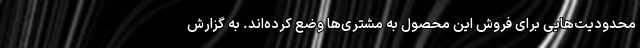
محدودیت‌هایی برای فروش این محصول به مشتری‌ها وضع کرده‌اند. به گزارش